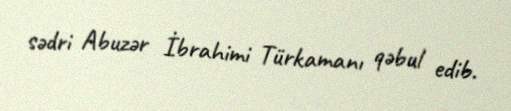
sədri Abuzər İbrahimi Türkamanı qəbul edib.